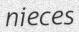
nieces